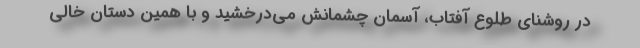
در روشنای طلوع آفتاب، آسمان چشمانش می‌درخشید و با همین دستان خالی